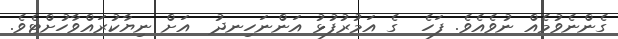
ގެންނެވުމެއް ނުވެއެވެ. ފަހެ  ގެ އަމުރުފުޅު އަންނަހިނދު  އަށް ނިޔާކުރައްވާހުށްޓެވެ.